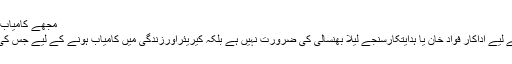
مجھے کامیاب ہونے کیلئے فواد خان کی ضرورت نہیں ہے،حرامانی
اداکارہ حرا مانی کا کہنا ہے کہ انہیں کامیاب ہونے کے لیے اداکار فواد خان یا ہدایتکارسنجے لیلا بھنسالی کی ضرورت نہیں ہے بلکہ کیریئراورزندگی میں کامیاب ہونے کے لیے جس کی ضرورت ہوتی ہے وہ بس اچھی پرفارمنس ہوتی ہے۔